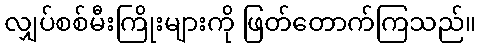
လျှပ်စစ်မီးကြိုးများကို ဖြတ်တောက်ကြသည်။